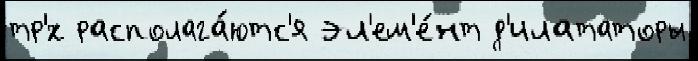
тр'́х располага́ютс'я эл'ем'е́нт д'илататоры